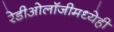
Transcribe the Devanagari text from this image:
रेडीओलॉजीमध्येही